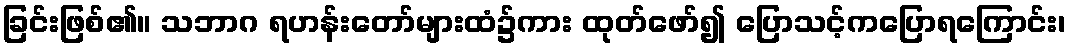
ခြင်းဖြစ်၏။ သဘာဂ ရဟန်းတော်များထံ၌ကား ထုတ်ဖော်၍ ပြောသင့်ကပြောရကြောင်း၊